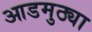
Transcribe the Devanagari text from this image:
आडमुठ्या